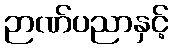
ဉာဏ်ပညာနှင့်